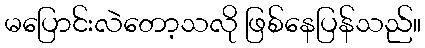
မပြောင်းလဲတော့သလို ဖြစ်နေပြန်သည်။